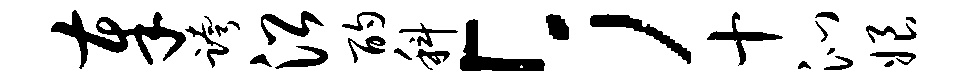
奉跨沿酌科「；十沁娘